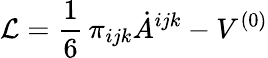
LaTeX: {\cal L}=\frac{1}{6}\, \pi_{ijk}\dot{A}^{ijk}-V^{(0)}